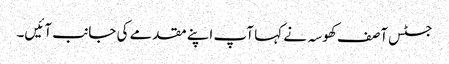
جسٹس آصف کھوسہ نے کہا آپ اپنے مقدمے کی جانب آئیں۔